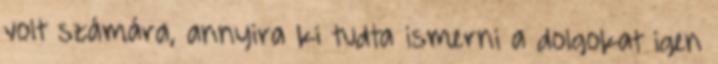
volt számára, annyira ki tudta ismerni a dolgokat igen